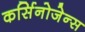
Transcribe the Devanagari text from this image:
कर्सिनोजेन्स